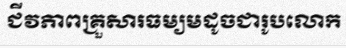
ជីវភាពគ្រួសារធម្យមដូចជារូបលោក